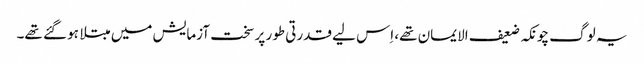
یہ لوگ چونکہ ضعیف الایمان تھے، اِس لیے قدرتی طور پر سخت آزمایش میں مبتلا ہو گئے تھے۔